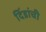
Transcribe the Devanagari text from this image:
दिंडांची